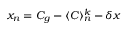
x _ { n } = C _ { g } - \langle C \rangle _ { n } ^ { k } - \delta x